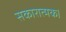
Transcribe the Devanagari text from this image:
सकारात्मक।